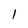
Character: 1